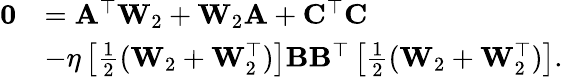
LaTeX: \begin{array}{rl}{\mathbf{0}}&{=\mathbf{A}^{\top}\mathbf{W}_{2}+\mathbf{W}_{2}\mathbf{A}+\mathbf{C}^{\top}\mathbf{C}}\\ &{-\eta\left[\frac{1}{2}(\mathbf{W}_{2}+\mathbf{W}_{2}^{\top})\right]\mathbf{B}\mathbf{B}^{\top}\left[\frac{1}{2}(\mathbf{W}_{2}+\mathbf{W}_{2}^{\top})\right].}\end{array}